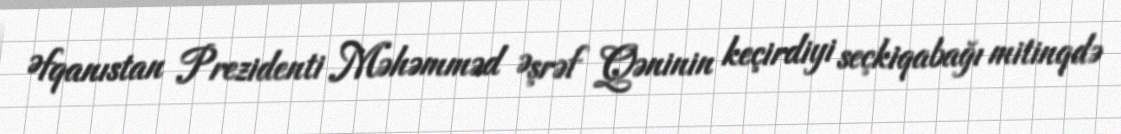
Əfqanıstan Prezidenti Məhəmməd Əşrəf Qəninin keçirdiyi seçkiqabağı mitinqdə